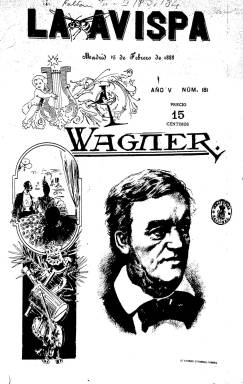
Título: La Avispa (Madrid)
Otros títulos: Almanaque de La Avispa
Colección: Revistas satíricas y humorísticas
Ámbito geográfico: Madrid
Lugar de publicación: Madrid
Fechas: 15/02/1888-17/06/1891

Semanario político, satírico y literario, que comenzó a publicarse el tres de febrero de 1883, estampado en la madrileña Imprenta de E. Rubiños. De tendencia anticonservadora y anticlerical, el siete de septiembre de 1884 había iniciado una segunda época. Después de modificar en un par de ocasiones su formato y número de páginas y columnas, su colección en la Biblioteca Nacional de España (BNE) comienza en su quinto año de edición, con el número 181, correspondiente al 15 de febrero de 1888, cuando sus entregas son de ocho páginas, compuestas a dos columnas, siendo estampadas en la Litografía de A. Foruny.

Con textos en prosa y en verso y dibujos litografiados, su cubierta siempre va ilustrada, así como las dos páginas centrales completas, dedicadas a asuntos de “actualidad”, insertando otros entre sus textos. Estos dibujos suelen ser retratos, caricaturas y chistes e historietas humorísticas y sarcásticas, de diversa intención, tanto de costumbres sociales como de política, ofreciendo también caricaturas de personajes célebres (Goya, Miguel Ángel, Confucio, Sócrates, Dante, Quevedo o Espronceda, entre otros) o contemporáneos. También reproduce cuadros célebres del Museo del Prado.

Dedica números a asuntos temáticos, entre estos a diversas exposiciones de tipo nacional e iberoamericano que se celebran durante esos años. Y las últimas entregas de los años 1889 y 1890 se denominan Almanaque de La Avispa, con mayor paginación y con algunos contenidos propios, como son unos pronósticos o un calendario para el próximo año.

Su director, al menos a efectos legal-administrativos, pudo ser Enrique Meneses, antiguo redactor de la revista Gil Blas, y entre los dibujantes que publicaron en sus páginas se encuentran Melitón González, seudónimo de Pablo Parellada (1855-1944), y Daniel Perea (1834-1909). Entre las firmas de sus textos aparecen, generalmente, seudónimos como Masita, Espoleta, Pepe o Loyozuela, así como los nombres de Juan Pérez Zúñiga, A. Martínez Viergol, Alonso Quintana, Ricardo J. Catarineu, E. López Marín, N. García Fernández, Luis Pardo, Celso Lucio, José Brissa, Manuel Soriano, José Gil y Campos, Manuel Paso o Félix Limendoux.

Según Sánchez Vigil (2008), uno de sus objetivos fue combatir el “flamenquismo y la chulapería”, como declarado enemigo de la tauromaquia; y López Ruiz (1995) expresa que una de sus secciones –Ojeadas – es de una “prosa hiriente que, muchas veces no hacía reír, precisamente”. Entre sus textos de naturaleza sarcástica se encuentran también los dedicados a la crítica teatral y otra de sus secciones habituales se denomina, precisamente, “Avispero”, insertando otra denominada “De miércoles a miércoles”, de lo que podría deducirse que este sería el día de la semana en que aparecía publicado. En su última plana inserta anuncios comerciales.

El último número en la colección de la BNE es el 355 (año VIII edición), correspondiente al 17 de junio de 1891, año este en el que debió dejar de publicarse, cuando salía de la Tipografía de Alfredo Alonso. Carlos Reyero (1987) ha publicado un trabajo titulado “El arte sacralizado: La Avispa (1883-1891)”, semanario este que no debe ser confundido con el comenzaría a publicarse a partir de 1896 con el mismo título y el subtítulo “revista ilustrada popular”.